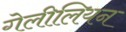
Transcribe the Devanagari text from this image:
गेलीलियन